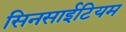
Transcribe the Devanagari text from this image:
सिनसाईटियम